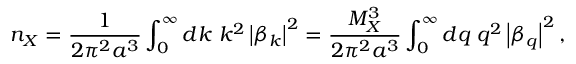
n _ { X } = \frac { 1 } { 2 \pi ^ { 2 } a ^ { 3 } } \int _ { 0 } ^ { \infty } d k \ k ^ { 2 } \left| \beta _ { k } \right| ^ { 2 } = \frac { M _ { X } ^ { 3 } } { 2 \pi ^ { 2 } a ^ { 3 } } \int _ { 0 } ^ { \infty } d q \ q ^ { 2 } \left| \beta _ { q } \right| ^ { 2 } ,